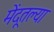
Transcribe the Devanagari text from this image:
मेंदूतल्या